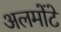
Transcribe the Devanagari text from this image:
अलमोंटे